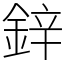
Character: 鋅